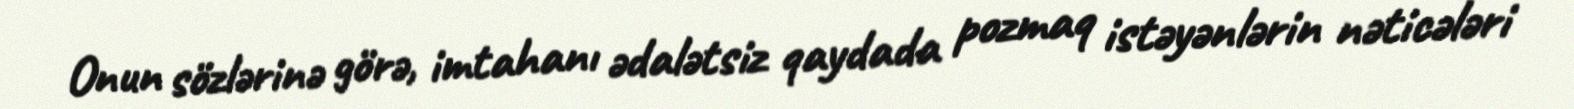
Onun sözlərinə görə, imtahanı ədalətsiz qaydada pozmaq istəyənlərin nəticələri